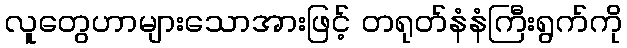
လူတွေဟာများသောအားဖြင့် တရုတ်နံနံကြီးရွက်ကို